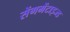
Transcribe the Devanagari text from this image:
सेंगमेंटाइज्ड